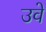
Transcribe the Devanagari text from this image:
उवे